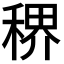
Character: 𬓳